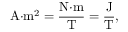
{ \mathrm { A } } { \cdot } { \mathrm { m } } ^ { 2 } = { \frac { { \mathrm { N } } { \cdot } { \mathrm { m } } } { \mathrm { T } } } = { \frac { \mathrm { J } } { \mathrm { T } } } ,